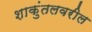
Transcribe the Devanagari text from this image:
शाकुंतलवरील